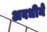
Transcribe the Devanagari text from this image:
अवधीने